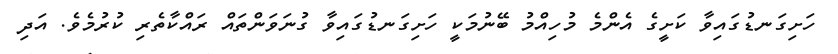
ހަށިގަނޑުގައިވާ ކަށީގެ އެންމެ މުހިއްމު ބޭނުމަކީ ހަށިގަނޑުގައިވާ ގުނަވަންތައް ރައްކާތެރި ކުރުމެވެ. އަދި